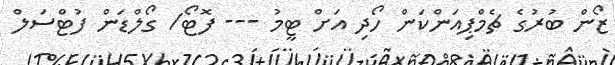
ޒޯން ބުރުގެ ޗެމްޕިއަންކަން ހޯދި އަށް ޓީމު --- ފޮޓޯ/ ގޯލްޑަން ފުޓްސަލް